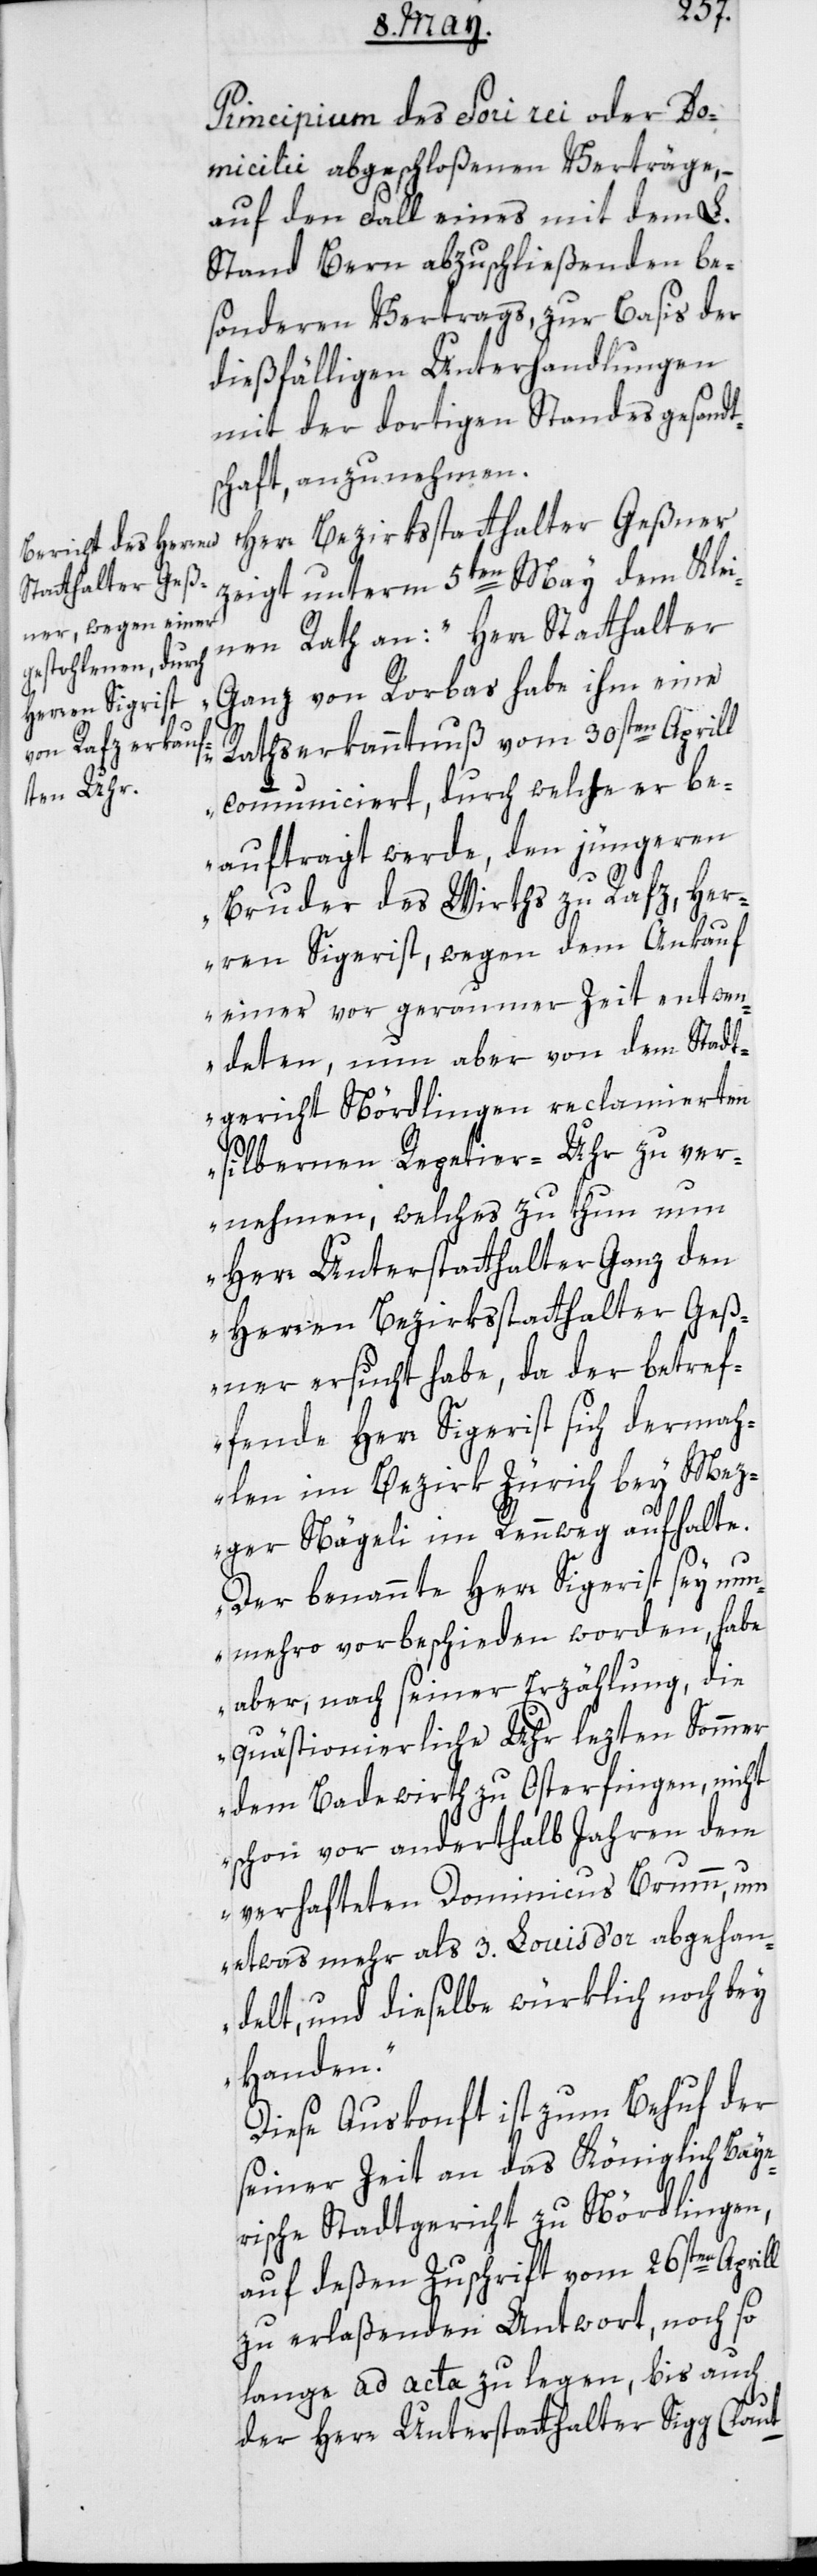
Principium des Fori rei oder De¬
micitii abgeschloßenen Verträge, –
auf den Fall eines mit dem L.
Stand Bern abzuschließenden be¬
sonderen Vertrags zur Basis der
dießfälligen Unterhandlungen
mit der dortigen Standesgesandt¬
schaft, anzunehmen.
Herr Bezirksstatthalter Geßner
zeigt unterm 5ten May dem Klei¬
nen Rath an: „Herr Statthalter
Ganz von Rorbas habe ihm eine
Rathserkanntnuß vom 30sten Aprill
communiciert, durch welche er be¬
auftragt werde, den jüngeren
Bruder des Wirths zu Rafz, Her¬
ren Sigerist, wegen dem Ankauf
einer vor geraumer Zeit entwen¬
deten, nun aber von dem Stadt¬
gericht Nördlingen reclamierten
silbernen Repetier-Uhr zu ver¬
nehmen, welches zu thun nun
Herr Unterstatthalter Ganz den
Herren Bezirksstatthalter Geß¬
ner ersucht habe, da der betref¬
fende Herr Sigerist sich dermah¬
len im Bezirk Zürich bey Mez¬
ger Nägeli im Rennweg aufhalte.
Der benannte Herr Sigerist sey nun¬
mehro vorbeschieden worden, habe
aber, nach seiner Erzählung, die
quästionierliche Uhr lezten Sommer
dem Badewirth zu Osterfingen, nicht
schon vor anderthalb Jahren dem
verhafteten Dominicus Brumm, um
etwas mehr als 3. Louis d’or abgehan¬
delt, und dieselbe würklich noch bey
Handen“.
Diese Auskonft ist zum Behuf der
seiner Zeit an das Königlich-Baye¬
rische Stadtgericht zu Nördlingen,
auf deßen Zuschrift vom 26sten Aprill
zu erlaßenden Antwort, noch so
lange ad acta zu legen, bis auch
der Herr Unterstatthalter Sigg (laut